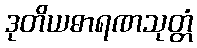
ဒုတိယဓာရဏသုတ္တံ